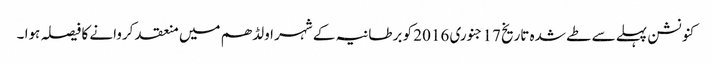
کنونشن پہلے سے طے شدہ تاریخ 17 جنوری 2016 کو برطانیہ کے شہر اولڈھم میں منعقد کروانے کا فیصلہ ہوا ۔